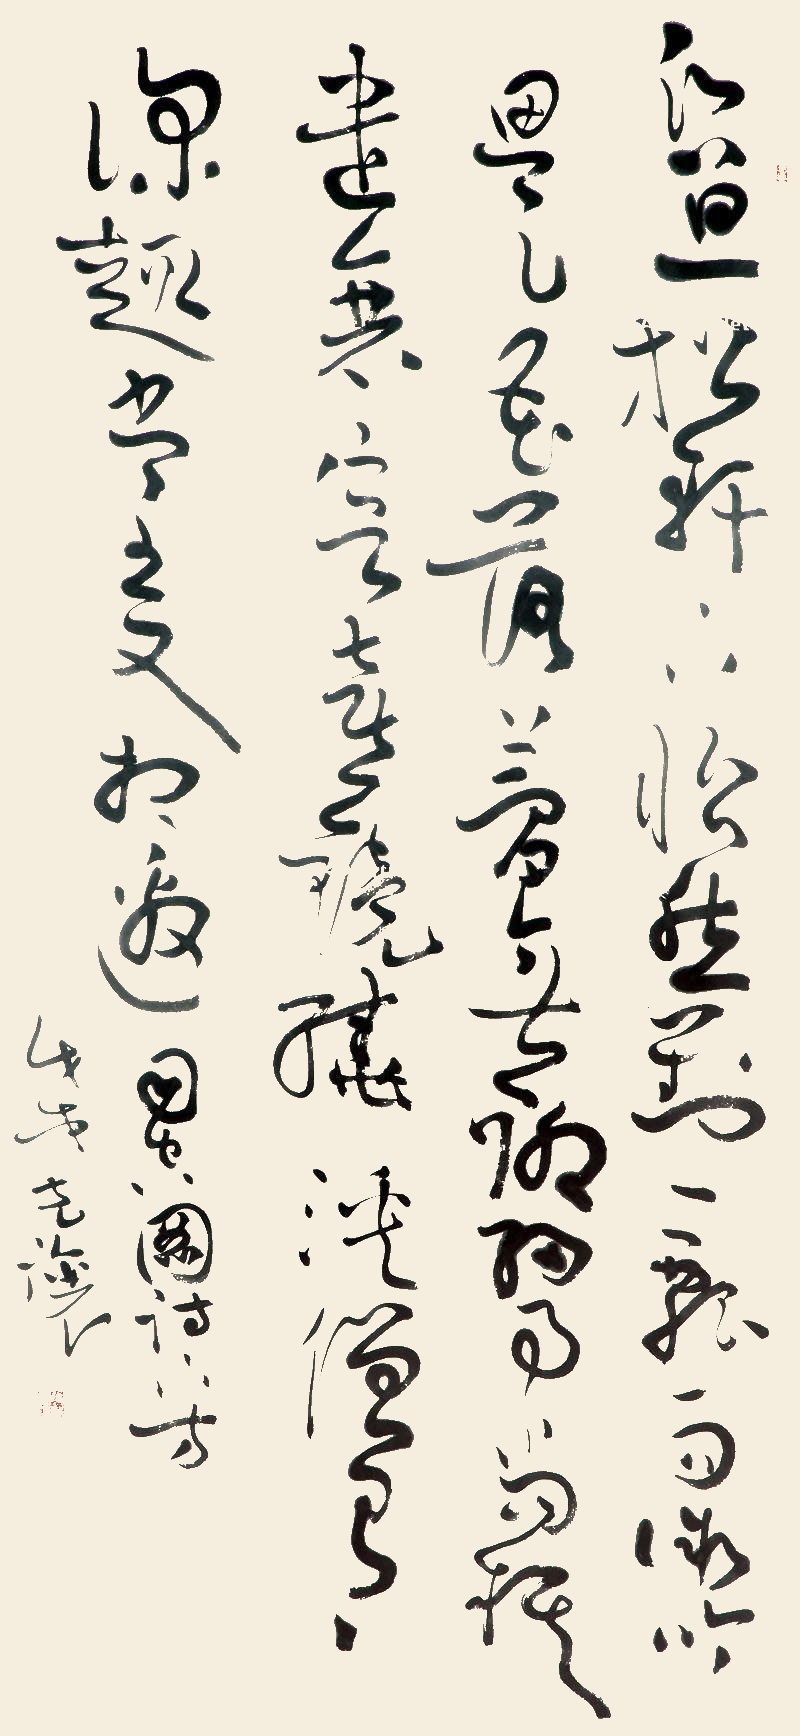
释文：昏旦松轩下，怡然对一瓢。雨微吟思足，花落梦无聊。细事当棋遣，衰容喜镜绕。溪僧有深趣，书至又相邀。司空图诗下方。戊戌，克让。